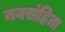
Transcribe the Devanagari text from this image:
नवसंहिता